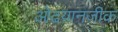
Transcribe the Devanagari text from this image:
ओढय़ानजीक